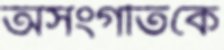
অসংগতিকে